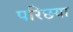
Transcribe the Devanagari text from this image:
परिछया